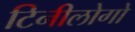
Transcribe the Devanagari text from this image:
टिनीलोगो